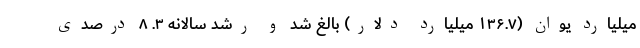
میلیارد یوان (۱۳۶.۷ میلیارد دلار) بالغ شد و رشد سالانه ۳. ۸ درصدی